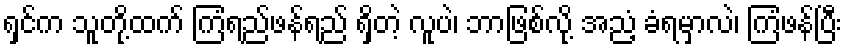
ရှင်က သူတို့ထက် ကြံရည်ဖန်ရည် ရှိတဲ့ လူပဲ၊ ဘာဖြစ်လို့ အညံ့ ခံရမှာလဲ၊ ကြံဖန်ပြီး